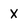
Character: x